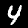
Digit: 4